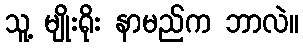
သူ့ မျိုးရိုး နာမည်က ဘာလဲ။